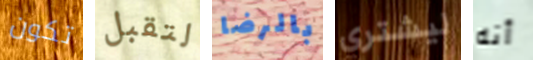
تكون لتقبل بالرضا ليشتري أنه